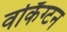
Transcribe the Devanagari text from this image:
वर्किंग्टन